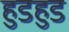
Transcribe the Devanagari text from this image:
हुडहुड